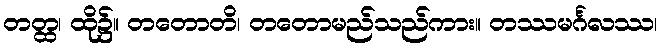
တတ္ထ၊ ထို၌။ တတောတိ၊ တတောမည်သည်ကား။ တဿမင်္ဂလဿ၊